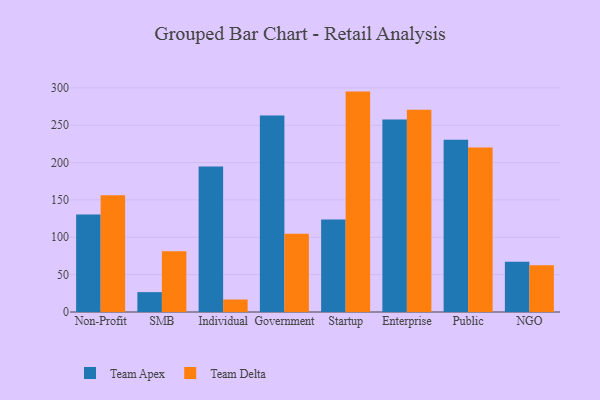
{"axis": {"x": "Segment", "y": "Churn Rate (%)"}, "legend": ["Team Apex", "Team Delta"], "data": [{"x": "Non-Profit", "y": 130.4, "type": "Team Apex"}, {"x": "Non-Profit", "y": 156.4, "type": "Team Delta"}, {"x": "SMB", "y": 26.6, "type": "Team Apex"}, {"x": "SMB", "y": 81.2, "type": "Team Delta"}, {"x": "Individual", "y": 194.9, "type": "Team Apex"}, {"x": "Individual", "y": 16.7, "type": "Team Delta"}, {"x": "Government", "y": 263.1, "type": "Team Apex"}, {"x": "Government", "y": 104.8, "type": "Team Delta"}, {"x": "Startup", "y": 123.9, "type": "Team Apex"}, {"x": "Startup", "y": 295.0, "type": "Team Delta"}, {"x": "Enterprise", "y": 257.5, "type": "Team Apex"}, {"x": "Enterprise", "y": 270.7, "type": "Team Delta"}, {"x": "Public", "y": 230.7, "type": "Team Apex"}, {"x": "Public", "y": 220.3, "type": "Team Delta"}, {"x": "NGO", "y": 67.1, "type": "Team Apex"}, {"x": "NGO", "y": 62.5, "type": "Team Delta"}]}